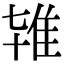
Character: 𨾙